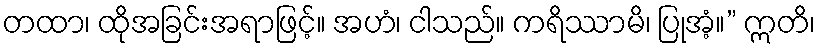
တထာ၊ ထိုအခြင်းအရာဖြင့်။ အဟံ၊ ငါသည်။ ကရိဿာမိ၊ ပြုအံ့။” ဣတိ၊